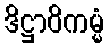
ဒိဋ္ဌာဝိကမ္မံ